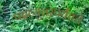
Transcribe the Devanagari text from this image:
पदव्युत्तरपर्यंतचे